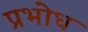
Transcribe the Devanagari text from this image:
प्रभोध